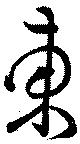
東